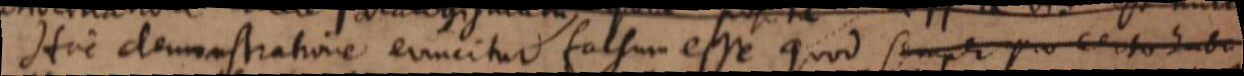
Hac demonstratione evincitur falsum esse quod semper pro certo habu